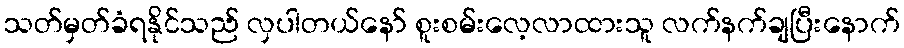
သတ်မှတ်ခံရနိုင်သည် လှပါတယ်နော် စူးစမ်းလေ့လာထားသူ လက်နက်ချပြီးနောက်